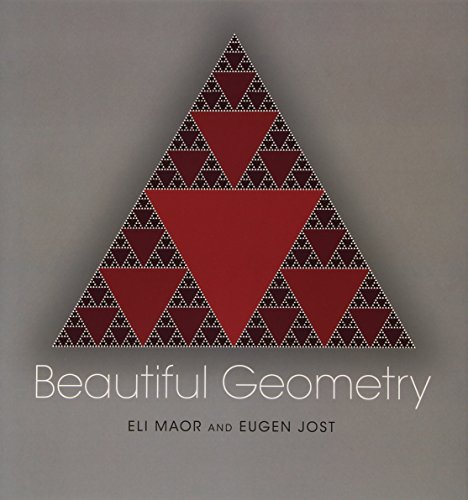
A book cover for Beautiful Geometry; Eli Maor; Science & Math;